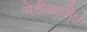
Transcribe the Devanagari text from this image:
भेटीगाठीत